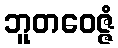
ဘူတဝေဇ္ဇံ